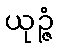
ယုဉ္ဇံ